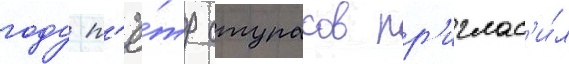
году п'ё́тр ступаков пр'иглас'и́л